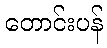
တောင်းပန်